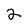
Character: 2